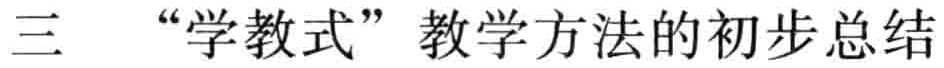
三 “学教式” 教学方法的初步总结